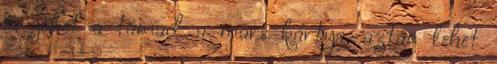
és jöhet a támad a mars kártya, aztán lehet